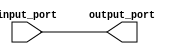
module register(
    input wire [1:0] input_port,
    output reg [1:0] output_port
);

always @(input_port)
begin
    output_port <= input_port;
end

endmodule